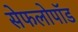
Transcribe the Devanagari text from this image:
सेफलोपॉड